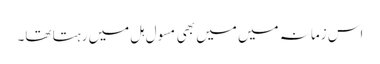
اس زمانہ میں میں بھی مسول ہل میں رہتا تھا۔